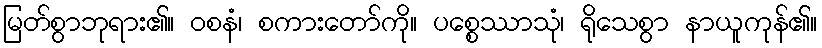
မြတ်စွာဘုရား၏။ ဝစနံ၊ စကားတော်ကို။ ပစ္စေဿာသုံ၊ ရိုသေစွာ နာယူကုန်၏။